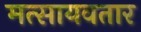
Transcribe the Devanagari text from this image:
मत्सायवतार